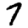
Digit: 7